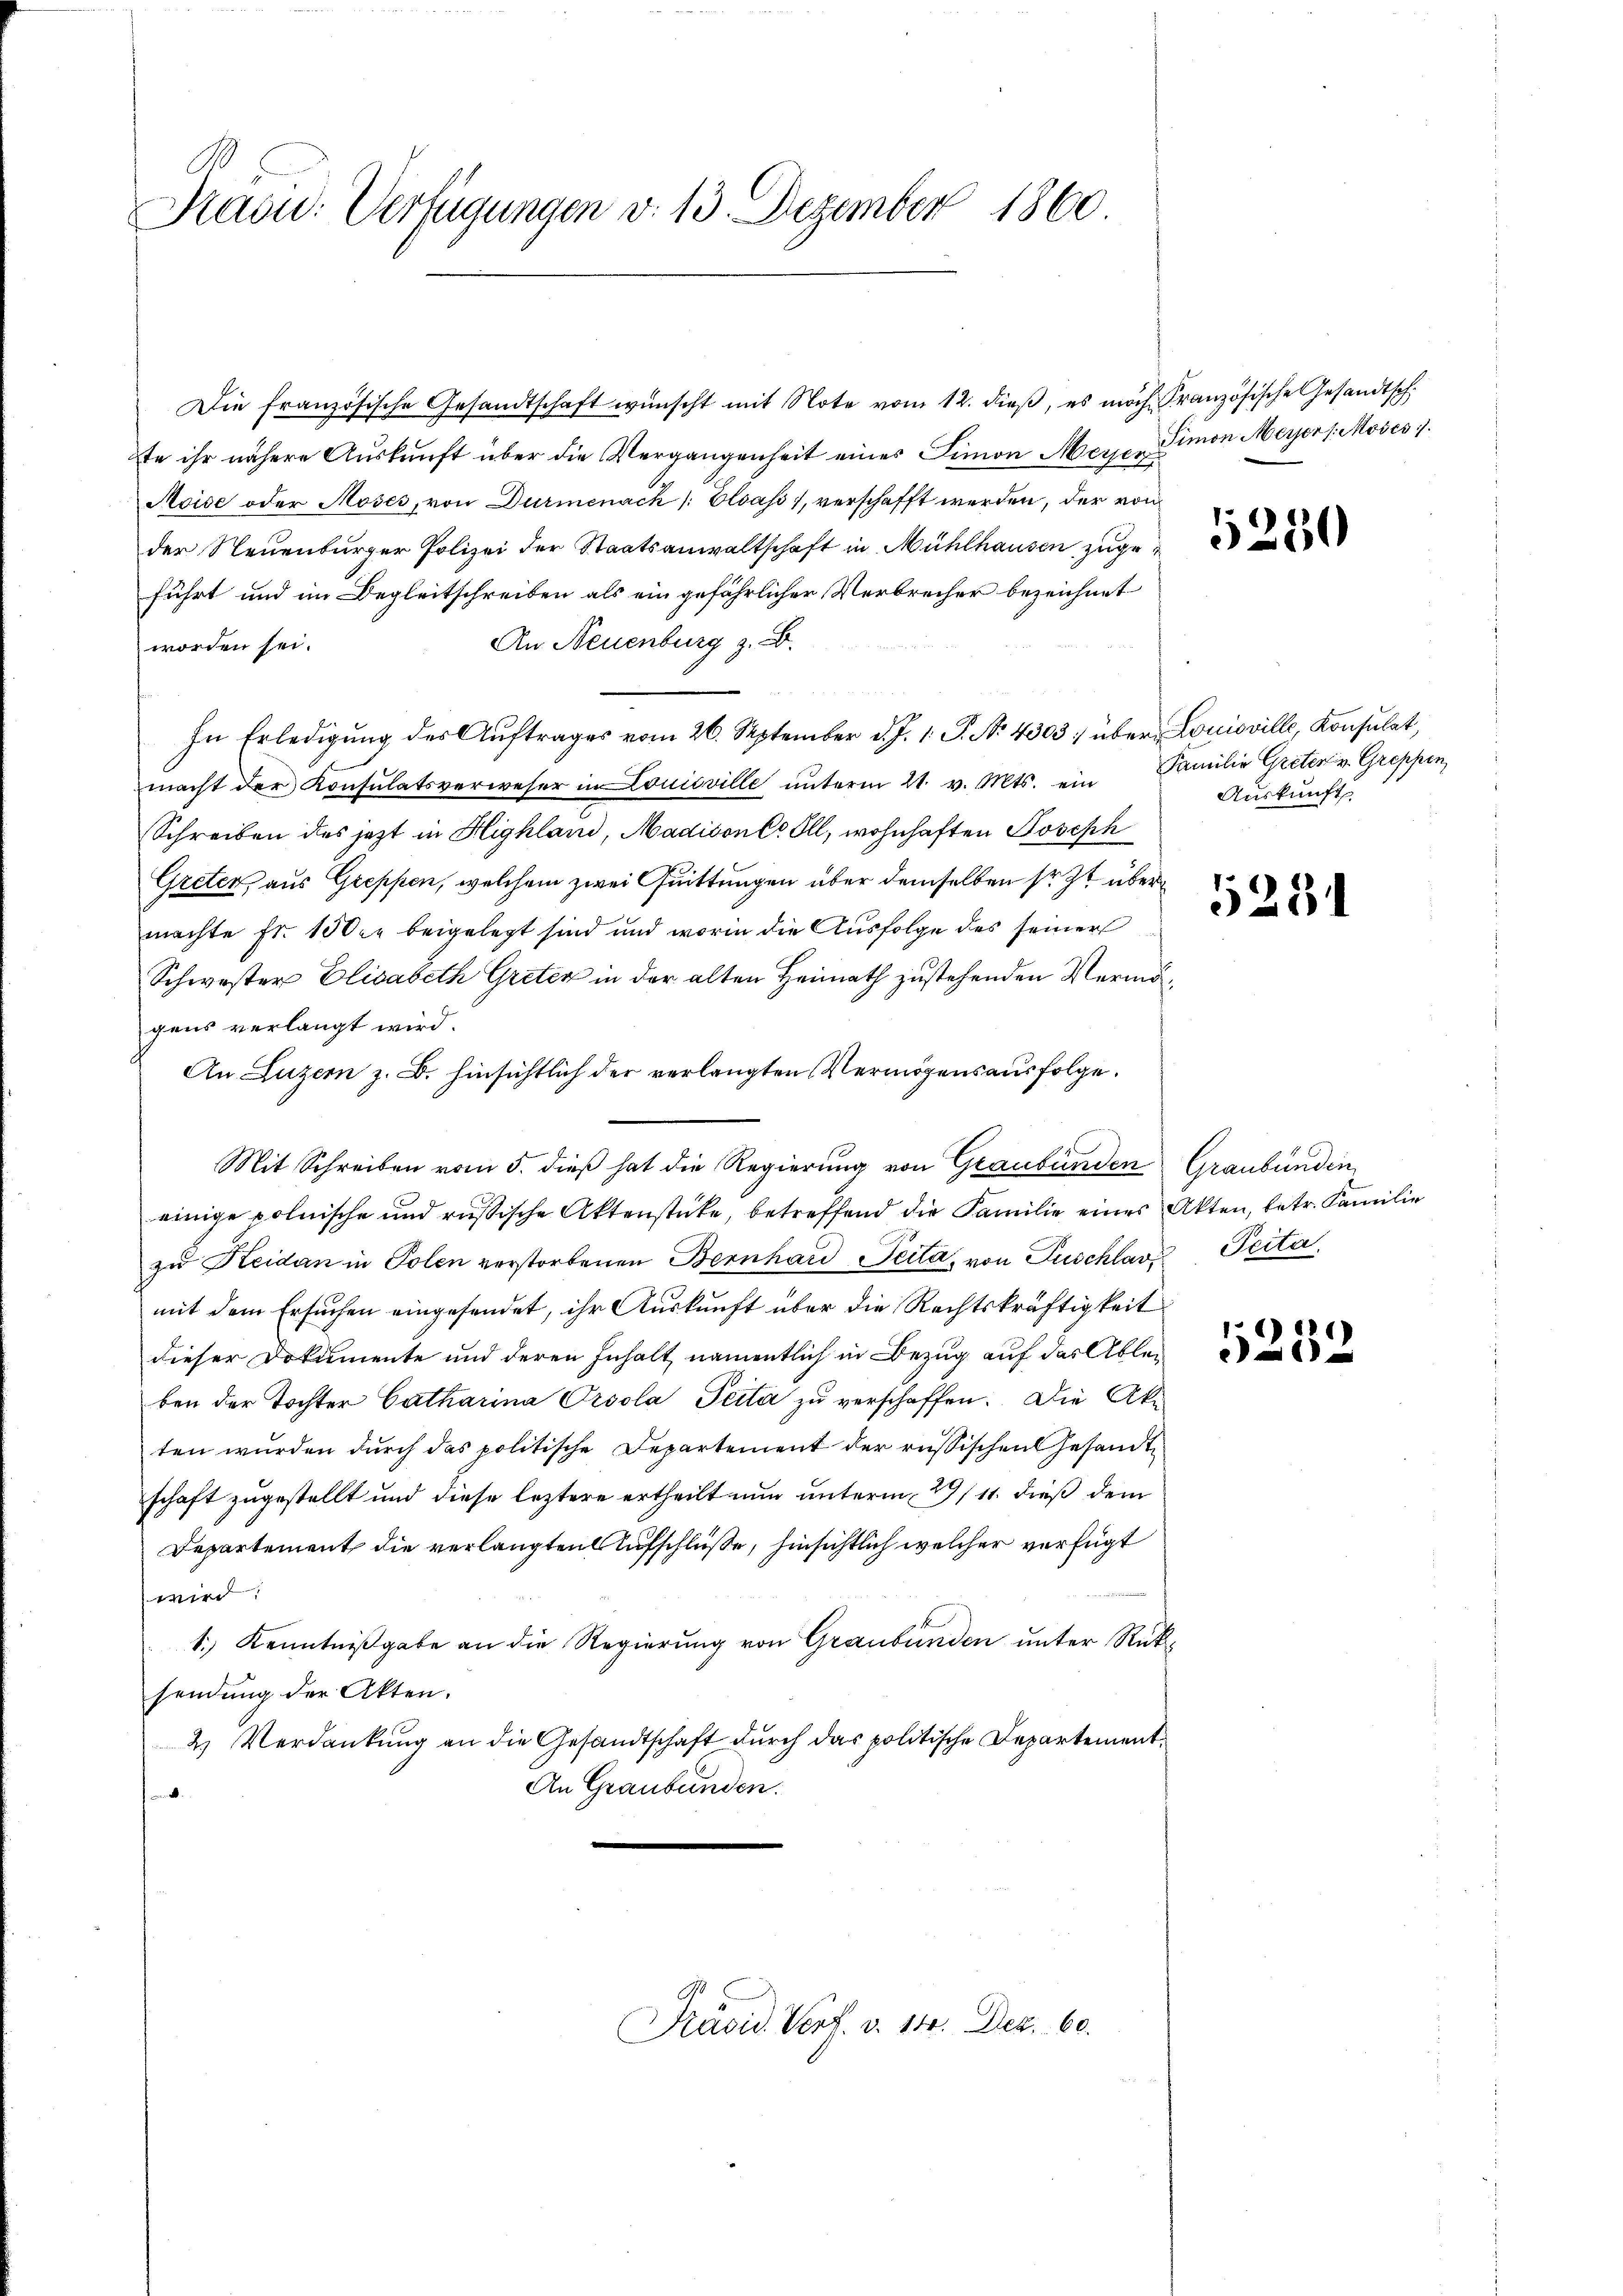
¬
Radw. Verfügungen v. 13. Dezember 1860

Die französische Gesandtschaft wünscht mit Note vom 12. dieβ, es mach Französische Gesandtsch.
te ihr nähere Auskunft über die Vergangenheit eines Simon Meyer Simon Meyers. Moses 7.
Aoise oder Moses, von Durmenach Elsass, verschafft werden, der von
der Neuenburger Polizei der Staatsanwaltschaft in Mühlhausen zugeführt und im Begleitschreiben als ein gefährlicher Verbrecher bezeichnet
An Neuenburg z. B.
worden sei.
In Erledigung des Auftrages vom 26. September d. J. 1. P. No. 4303; über Louisville, Konsulat,
macht der Konsulatsverweser in Louisville unterm 21. v. Mts. ein
Schreiben des jetzt in Highland, Madisone Ill, wohnhaften Joseph
Greten, aus Greppen, welchem zwei Quittungen über demselben sr. Zt übermachte Fr. 100. beigelegt sind und worin die Ausfolge des seiner
Schwester Elisabeth Greten in der alten Heimath zustehenden Vermögens verlangt wird.
An Luzern z. B. hinsichtlich der verlangten Vermögensausfolge.
Mit Schreiben vom 5. dieß hat die Regierung von Graubünden Graubünden
einige polnische und russische Aktenstücke, betreffend die Familie eines Akten, betr. Familie
zŭ Heidan in Polen verstorbenen Bernhard Seita, von Zuschlav Pecta,
mit dem Ersuchen eingesendet, ihr Auskunft über die Rechtskräftigkeit
dieser Dokumente und deren Inhalt, namentlich in Bezug auf das Ablei
ben der Tochter Catharina Orsola Peita zu verschaffen. Die Akaten wurden durch das politische Departement der russischen Gesandte
schaft zugestellt und diese leztere ertheilt nun unterm 29/11. dieß dem
Departement die verlangten Aufschlüße, hinsichtlich welcher verfügt
wird.
1.) Kenntnißgabe an die Regierung von Graubünden unter Rüksendung der Akten.
2 Verdankung an die Gesandtschaft durch das politische Departement¬
An Graubünden.

Präsid. Verf. v. 140. Dez. 60.

250

Familie Greter v. Greppen
Auskunft

5234

5232